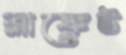
ব্লাঙ্কেট